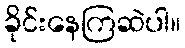
ခိုင်းနေကြဆဲပါ။